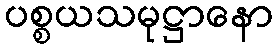
ပစ္စယသမုဋ္ဌာနော